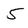
Character: 5